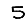
Digit: 5